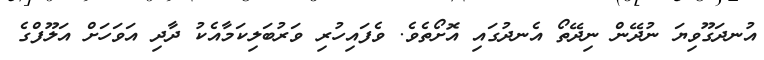
އުނދަގޫވިޔަ ނުދޭން ނިދޭތޯ އެނދުގައި އޮށޯތެވެ. ވެފައިހުރި ވަރުބަލިކަމާއެކު ދާދި އަވަހަށް އަލޫފްގެ